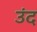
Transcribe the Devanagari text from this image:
उंद